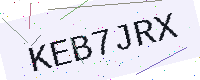
Text: KEB7JRX